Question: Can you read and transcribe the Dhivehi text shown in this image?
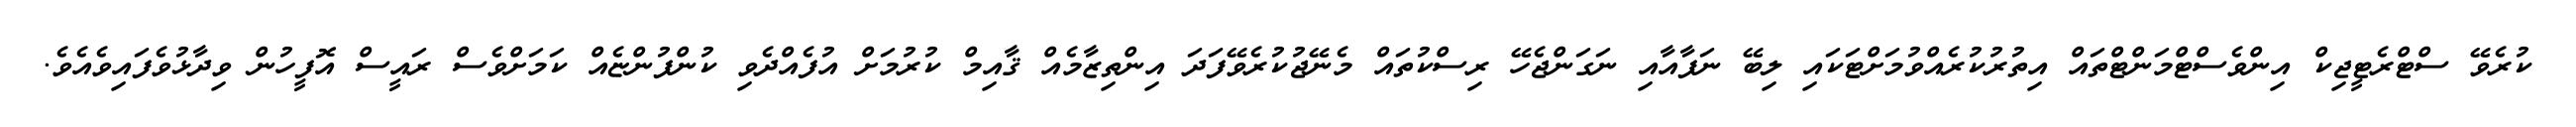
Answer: ކުރެވޭ ސްޓްރެޓީޖިކް އިންވެސްޓްމަންޓްތައް އިތުރުކުރެއްވުމަށްޓަކައި ލިބޭ ނަފާއާއި ނަގަންޖެހޭ ރިސްކުތައް މެނޭޖުކުރެވޭފަދަ އިންތިޒާމެއް ޤާއިމް ކުރުމަށް އުފެއްދެވި ކުންފުންޏެއް ކަމަށްވެސް ރައީސް އޮފީހުން ވިދާޅުވެފައިވެއެވެ.